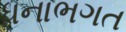
ધનાભગત